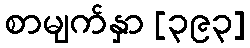
စာမျက်နှာ [၃၉၃]